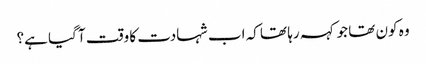
وہ کون تھا جو کہہ رہا تھا کہ اب شہادت کا وقت آ گیا ہے؟